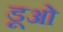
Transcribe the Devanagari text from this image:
डूओ